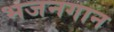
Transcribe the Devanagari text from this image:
भजनगान